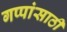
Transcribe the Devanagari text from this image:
गप्पांसाठी